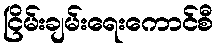
ငြိမ်းချမ်းရေးကောင်စီ